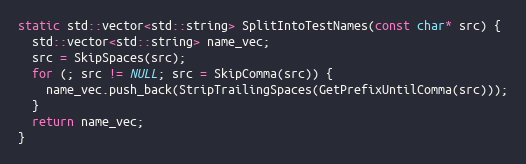
Language: C++
static std::vector<std::string> SplitIntoTestNames(const char* src) {
  std::vector<std::string> name_vec;
  src = SkipSpaces(src);
  for (; src != NULL; src = SkipComma(src)) {
    name_vec.push_back(StripTrailingSpaces(GetPrefixUntilComma(src)));
  }
  return name_vec;
}